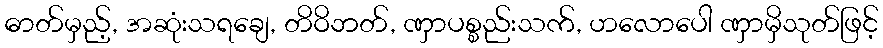
ဓာတ်မှည့်, အဆုံးသရချေ, တိဝိဘတ်, ဏှာပစ္စည်းသက်, ဟလောပေါ ဏှာမှိသုတ်ဖြင့်